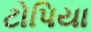
ટોપિયા